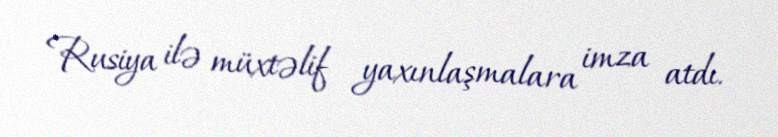
Rusiya ilə müxtəlif yaxınlaşmalara imza atdı.